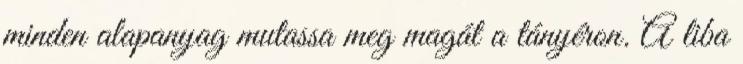
minden alapanyag mutassa meg magát a tányéron. A liba